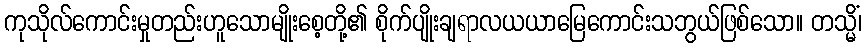
ကုသိုလ်ကောင်းမှုတည်းဟူသောမျိုးစေ့တို့၏ စိုက်ပျိုးချရာလယယာမြေကောင်းသဘွယ်ဖြစ်သော။ တသ္မိံ၊